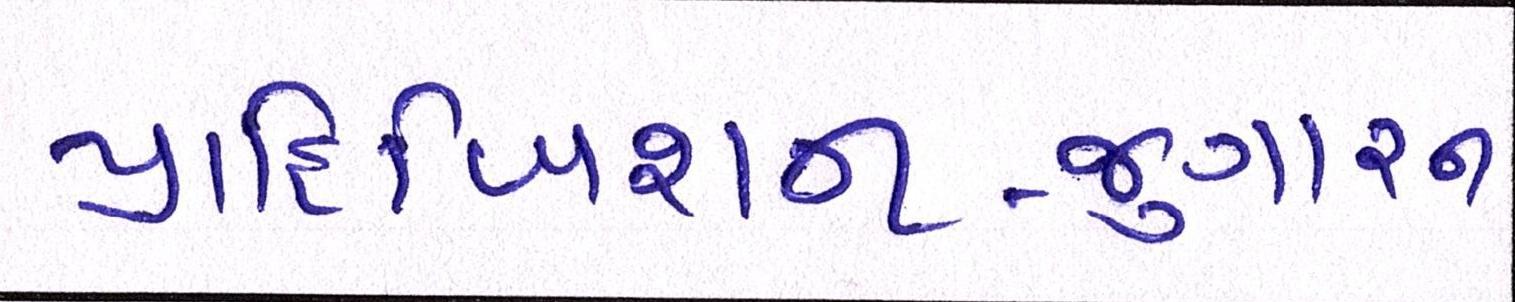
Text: પ્રાહિબિશન-જુગારના